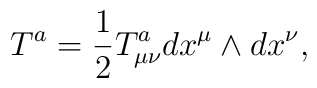
T^a=\frac{1}{2}T_{\mu \nu }^adx^\mu \wedge dx^\nu ,